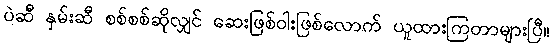
ပဲဆီ နှမ်းဆီ စစ်စစ်ဆိုလျှင် ဆေးဖြစ်ဝါးဖြစ်လောက် ယူထားကြတာများပြီ။